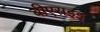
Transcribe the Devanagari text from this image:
बीएसइइ